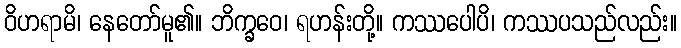
ဝိဟရာမိ၊ နေတော်မူ၏။ ဘိက္ခဝေ၊ ရဟန်းတို့။ ကဿပေါပိ၊ ကဿပသည်လည်း။